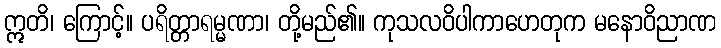
ဣတိ၊ ကြောင့်။ ပရိတ္တာရမ္မဏာ၊ တို့မည်၏။ ကုသလဝိပါကာဟေတုက မနောဝိညာဏ